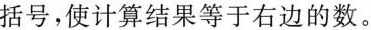
括号，使计算结果等于右边的数。